Elephants and their diseases
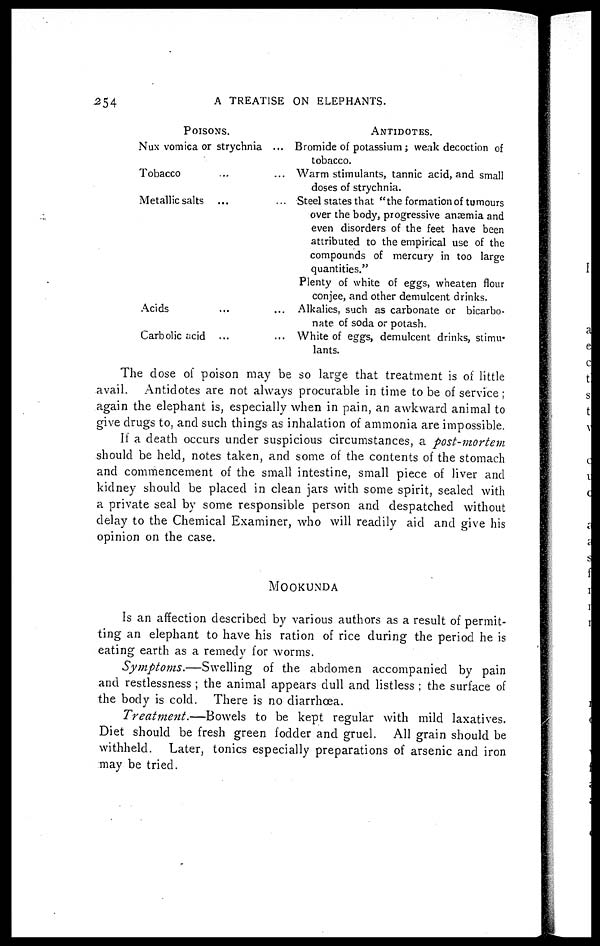
254
A
TREATISE ON ELEPHANTS.
POISONS.
ANTIDOTES.
Nux vomica or strychnia
Tobacco ...
Metallic salts ...
Acids ...
Carbolic acid ...
... Bromide of potassium ; weak decoction of
tobacco.
... Warm stimulants, tannic acid, and small
doses of strychnia.
... Steel states that "the formation of tumours
over the body, progressive anaemia and
even disorders of the feet have been
attributed to the empirical use of the
compounds of mercury in too large
quantities."
Plenty of white of eggs, wheaten flour
conjee, and other demulcent drinks.
... Alkalies, such as carbonate or bicarbo-
nate of soda or potash.
... White of eggs, demulcent drinks, stimu-
lants.
The dose of poison may be so large that treatment is of little
avail. Antidotes are not always procurable in time to be of service ;
again the elephant is, especially when in pain, an awkward animal to
give drugs to, and such things as inhalation of ammonia are impossible.
If a death occurs under suspicious circumstances, a post-mortem
should be held, notes taken, and some of the contents of the stomach
and commencement of the small intestine, small piece of liver and
kidney should be placed in clean jars with some spirit, sealed with
a private seal by some responsible person and despatched without
delay to the Chemical Examiner, who will readily aid and give his
opinion on the case.
MOOKUNDA
Is an affection described by various authors as a result of permit-
ting an elephant to have his ration of rice during the period he is
eating earth as a remedy for worms.
Symptoms.—Swelling
of the abdomen accompanied by pain
and restlessness ; the animal appears dull and listless ; the surface of
the body is cold. There is no diarrhoea.
Treatment.—Bowels
to be kept regular with mild laxatives.
Diet should be fresh green fodder and gruel. All grain should be
withheld. Later, tonics especially preparations of arsenic and iron
may be tried.